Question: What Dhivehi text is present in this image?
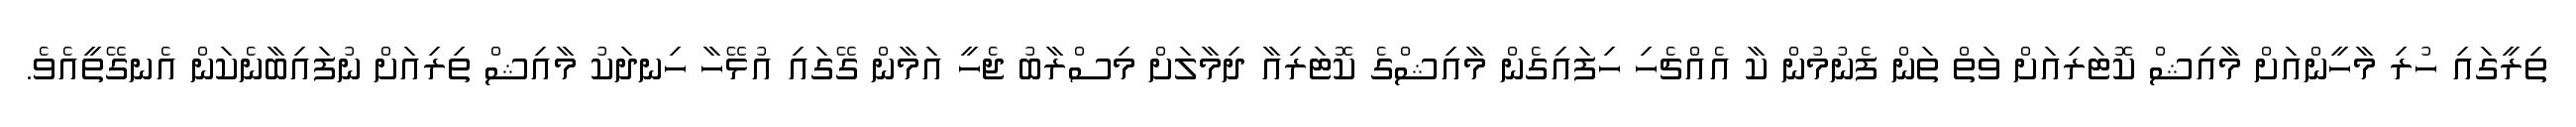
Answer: ތިރީގައި ހުރި މާހީންއަށް މާއިޝް ކޮޓަރިއަށް ވަތް ތަން ފެނުމުން ކާ އެއްޗެހި ހިފައިގެން މާއިޝްގެ ކޮޓަރިއާ ދިމާލަށް މިސްރާބު ޖެހީ އަމާން ގޭގައި އުޅޭހާ ހިނދަކު މާއިޝް ތިރިއަށް ނުފައިބާނެކަން އެނގޭތީއެވެ.